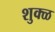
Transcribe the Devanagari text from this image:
शुक्ळ